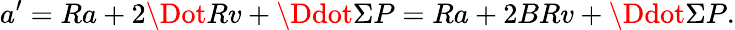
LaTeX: a^{\prime}=Ra+2\Dot{R}v+\Ddot{\Sigma}P=Ra+2BRv+\Ddot{\Sigma}P.